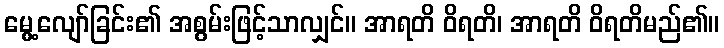
မွေ့လျော်ခြင်း၏ အစွမ်းဖြင့်သာလျှင်။ အာရတိ ဝိရတိ၊ အာရတိ ဝိရတိမည်၏။